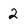
Character: 2